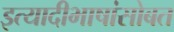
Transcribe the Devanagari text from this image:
इत्यादीभाषांसोबत